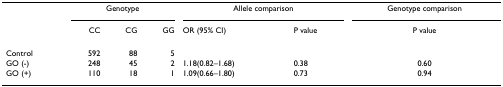
|  | <COLSPAN=3> Genotype | <COLSPAN=2> Allele comparison | Genotype comparison |
 |  | CC | CG | GG | OR (95% CI) | P value | P value |
 | --- | --- | --- | --- | --- | --- | --- |
 | Control | 592 | 88 | 5 |  |  |  |
 | GO (-) | 248 | 45 | 2 | 1.18(0.82–1.68) | 0.38 | 0.60 |
 | GO (+) | 110 | 18 | 1 | 1.09(0.66–1.80) | 0.73 | 0.94 |